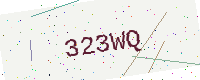
Text: 323WQ